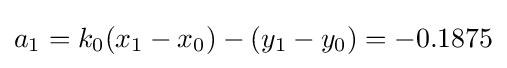
a_{1}=k_{0}(x_{1}-x_{0})-(y_{1}-y_{0})=-0.1875